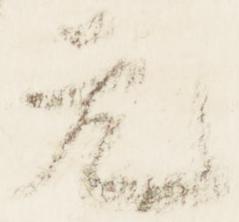
元